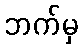
ဘက်မှ